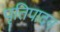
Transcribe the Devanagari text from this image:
पृतिपादन